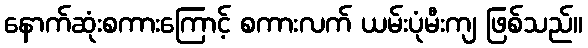
နောက်ဆုံးစကားကြောင့် စကားလက် ယမ်းပုံမီးကျ ဖြစ်သည်။